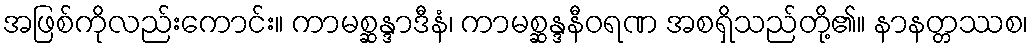
အဖြစ်ကိုလည်းကောင်း။ ကာမစ္ဆန္ဒာဒီနံ၊ ကာမစ္ဆန္ဒနီဝရဏ အစရှိသည်တို့၏။ နာနတ္တဿစ၊